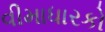
વીમાધારકો